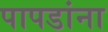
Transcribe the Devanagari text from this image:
पापडांना